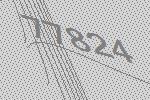
77824